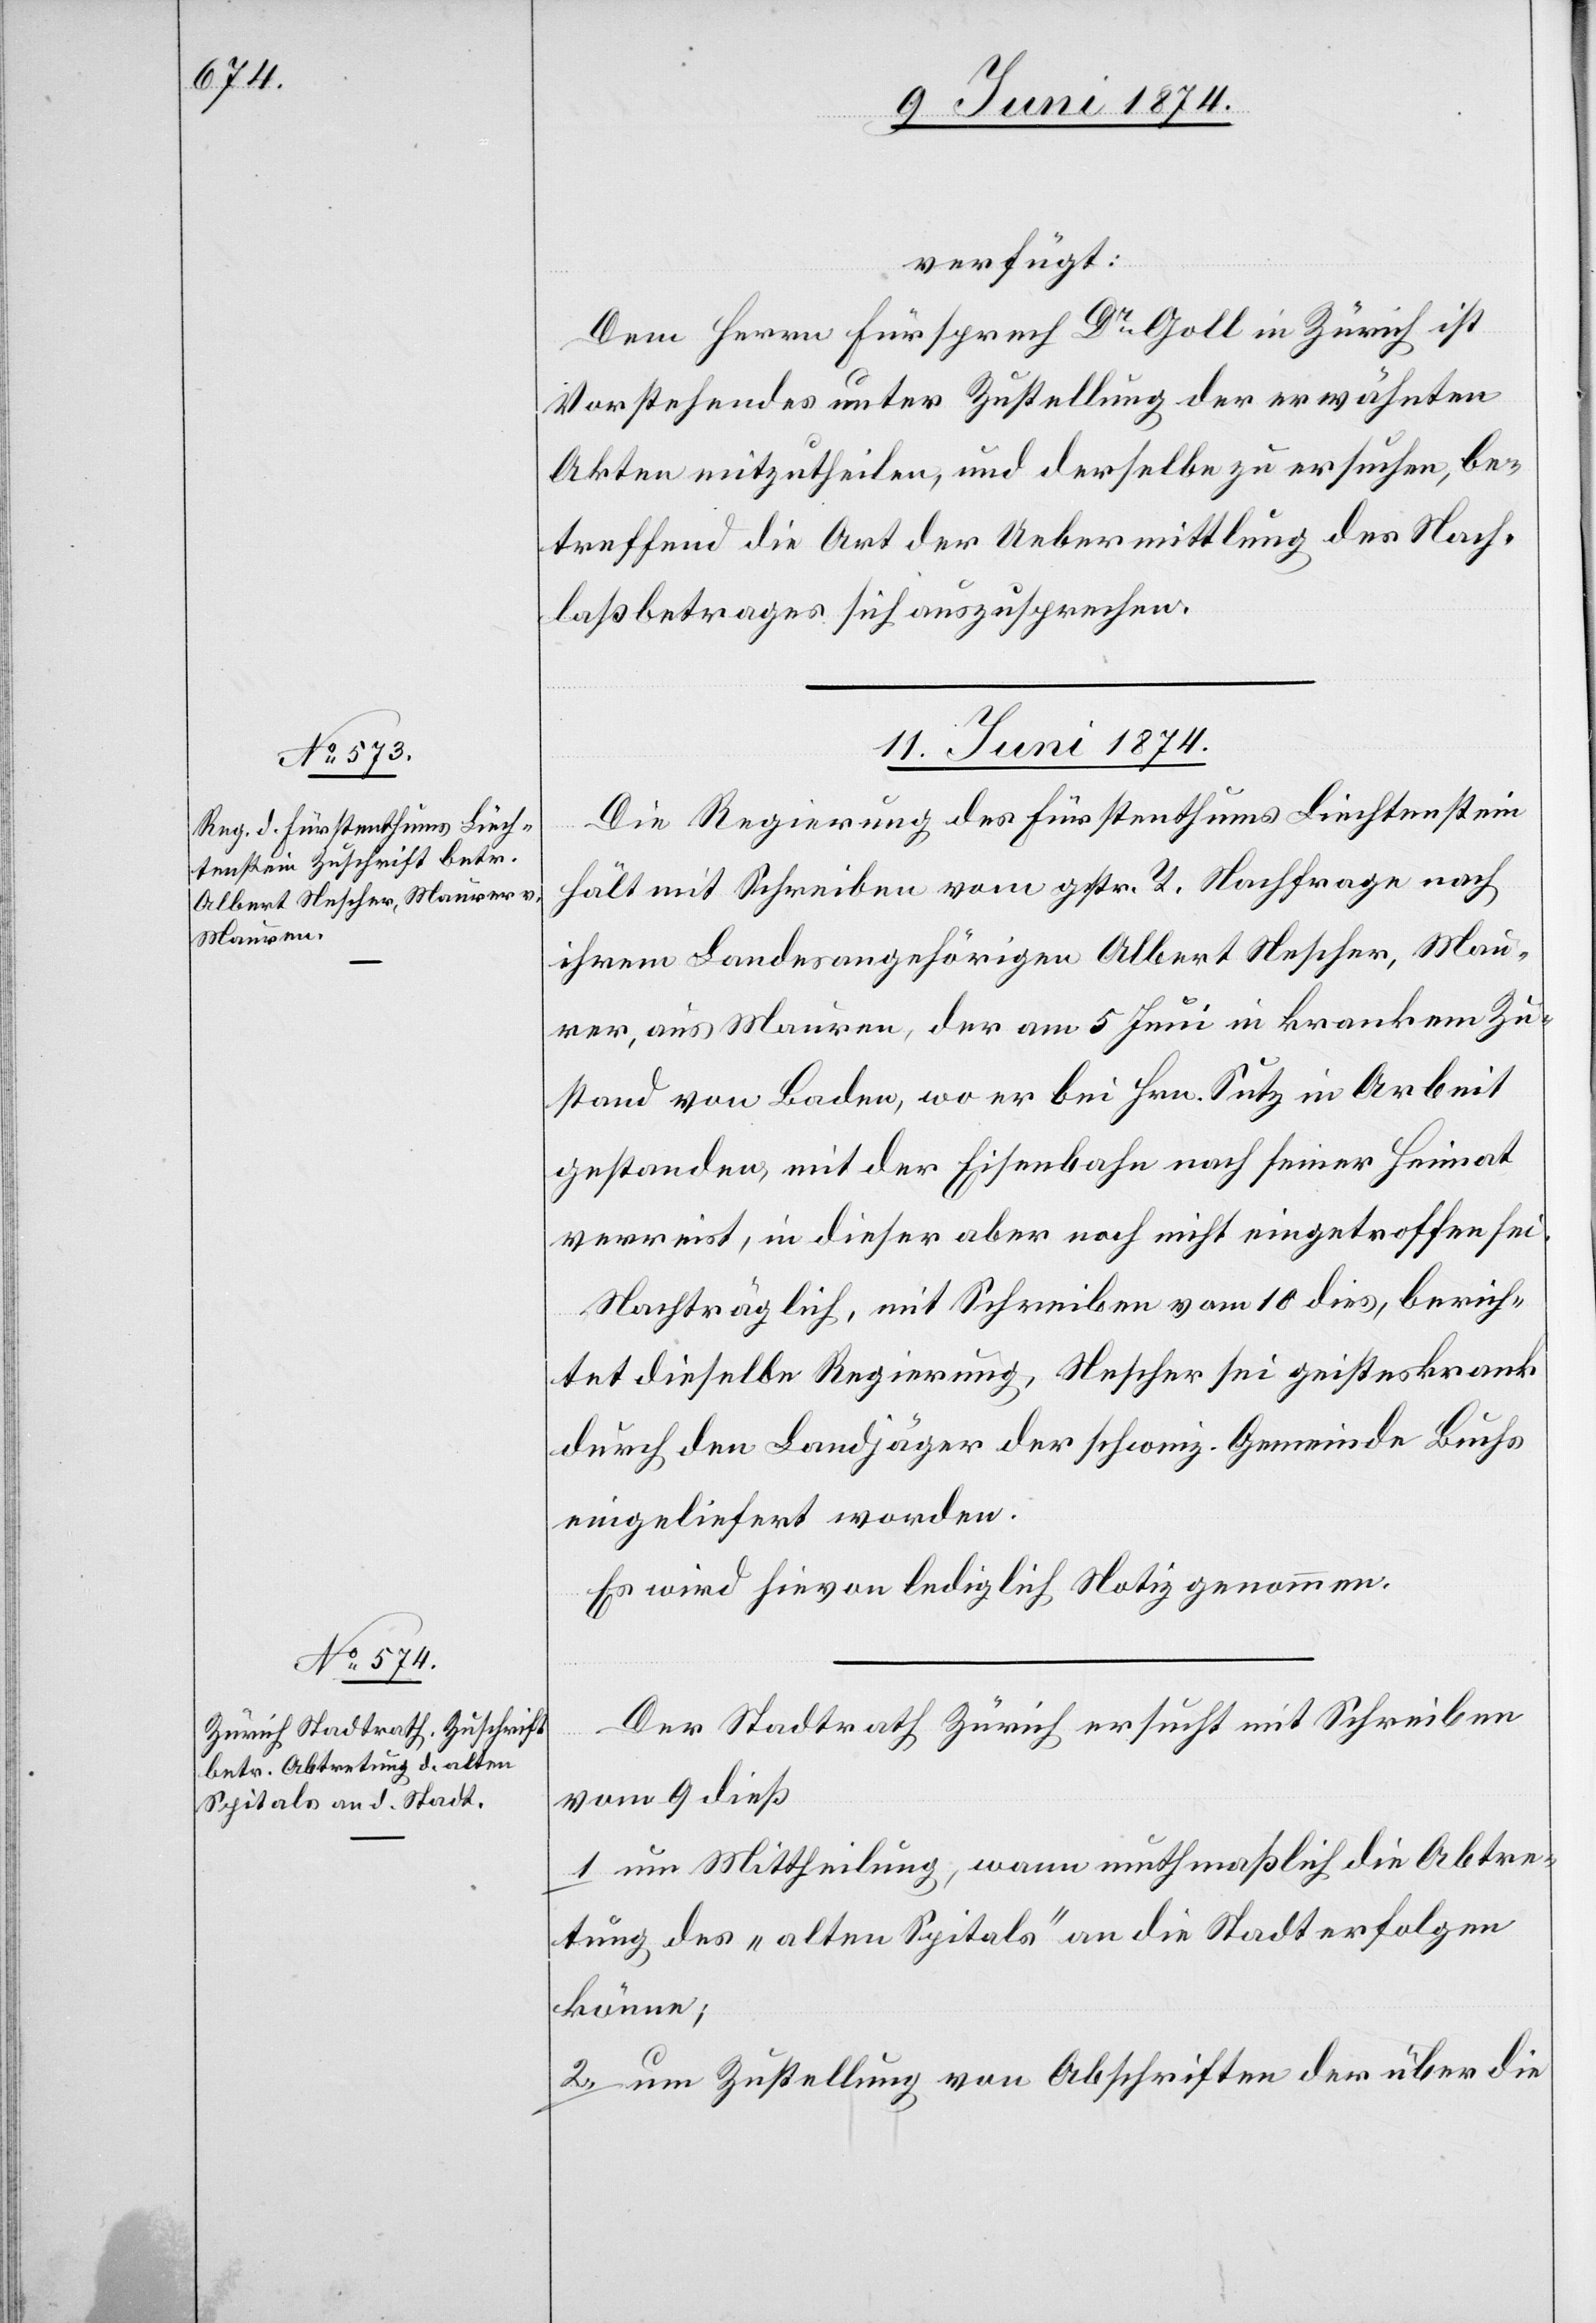
verfügt:
Dem Herrn Fürsprech Dr Goll in Zürich ist
Vorstehendes unter Zustellung der erwähnten
Akten mitzutheilen, und derselbe zu ersuche, be¬
treffend die Art der Uebermittlung des Nach¬
laßbetrages sich auszusprechen.
11. Juni 1874.]
Die Regierung des Fürstenthums Liechtenstein
hält mit Schreiben vom gestr. T. Nachfrage nach
ihrem Landesangehörigen Albert Nescher, Mau¬
rer, aus Mauren, der am 5. Juni in krankem Zu¬
stand von Baden, wo er bei Hrn. Sutz in Arbeit
gestanden, mit der Eisenbahn nach seiner Heimat
verreist, in dieser aber noch nicht eingetroffen sei.
Nachträglich, mit Schreiben vom 10. dies, berich¬
tet dieselbe Regierung, Nescher sei geisteskrank
durch den Landjäger der schweiz. Gemeinde Buchs
eingeliefert worden.
Es wird hievon lediglich Notiz genommen.
Der Stadtrath Zürich ersucht mit Schreiben
vom 9. dieß
1. um Mittheilung, wann muthmaßlich die Abtre¬
tung des „alten Spitals“ an die Stadt erfolgen
könne;
2. um Zustellung von Abschriften der über die